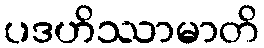
ပဒဟိဿာမာတိ